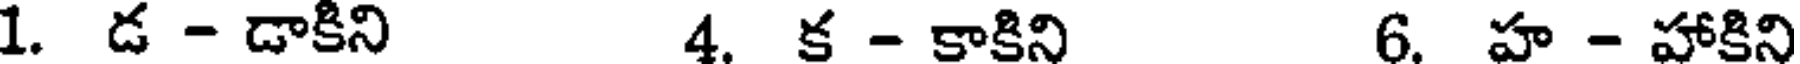
1. డ - డాకిని 4. క - కాకిని 6. హ - హాకిని